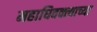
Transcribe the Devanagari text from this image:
महाधिवक्त्याच्या